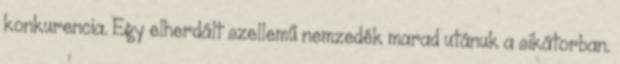
konkurencia. Egy elherdált szellemű nemzedék marad utánuk a sikátorban.